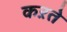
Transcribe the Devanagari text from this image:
कऱते